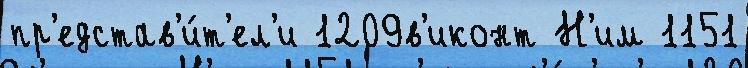
пр'едстав'и́т'ел'и 1209в'иконт Н'им 1151